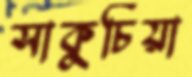
সাকুচিয়া